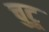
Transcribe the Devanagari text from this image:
चुटू